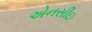
એનસીઇ